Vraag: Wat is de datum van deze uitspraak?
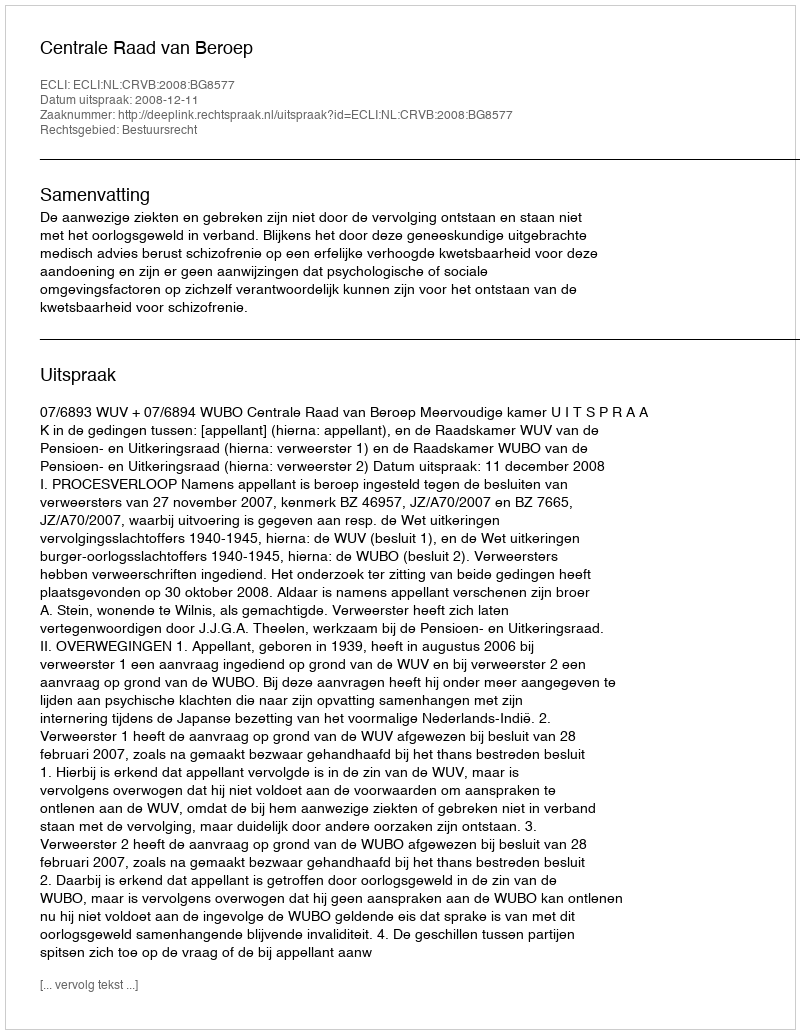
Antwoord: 2008-12-11